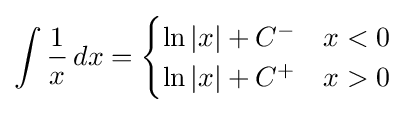
\int {\frac {1}{x}}\,dx={\begin{cases}\ln |x|+C^{-}&x<0\\\ln |x|+C^{+}&x>0\end{cases}}